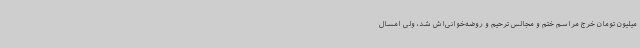
میلیون تومان خرج مراسم ختم و مجالس ترحیم و روضه‌خوانی‌اش شد، ولی امسال